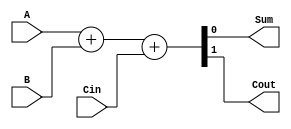
module full_adder (
    input A,
    input B,
    input Cin,
    output Sum,
    output Cout
);

assign {Cout, Sum} = A + B + Cin;

endmodule